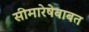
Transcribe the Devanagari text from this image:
सीमारेषेबाबत